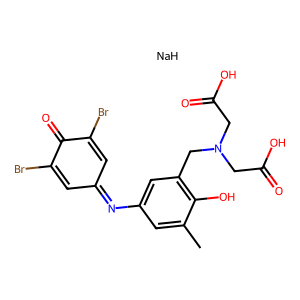
SMILES: Cc1cc(N=C2C=C(Br)C(=O)C(Br)=C2)cc(CN(CC(=O)O)CC(=O)O)c1O.[NaH]
Inhibits HIV replication: No